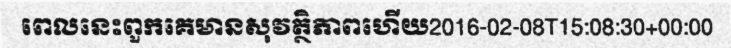
ពេលនេះពួកគេមានសុវត្ថិភាពហើយ2016-02-08T15:08:30+00:00